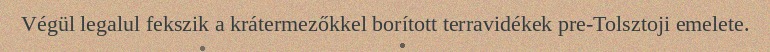
Végül legalul fekszik a krátermezőkkel borított terravidékek pre-Tolsztoji emelete.